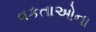
વકતાઓના